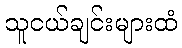
သူငယ်ချင်းများထံ